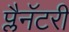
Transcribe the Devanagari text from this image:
प्लैनॅटरी